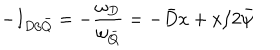
- I _ { D / \bar { Q } } = - \frac { \omega _ { D } } { \omega _ { \bar { Q } } } = - \bar { D } x + x / 2 \bar { \psi }